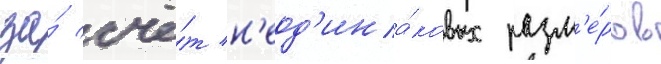
за́ счё́т н'еод'ина́ковых разм'е́ров